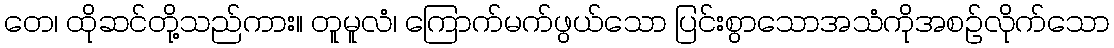
တေ၊ ထိုဆင်တို့သည်ကား။ တူမူလံ၊ ကြောက်မက်ဖွယ်သော ပြင်းစွာသောအသံကိုအစဉ်လိုက်သော